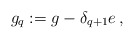
\begin{align*}g_q := g - \delta_{q+1} e\, ,\end{align*}